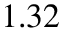
1 . 3 2